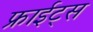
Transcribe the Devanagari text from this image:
फ्राईट्स